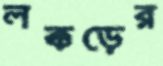
লক্কড়ের